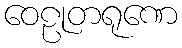
ဝေဠုတရုဏေ